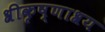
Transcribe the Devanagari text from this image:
श्रीकृष्णाश्रय